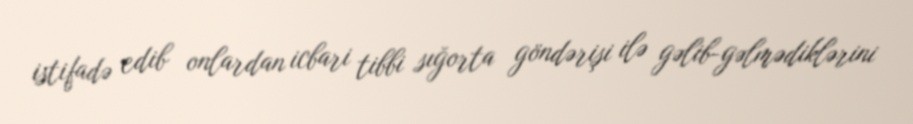
istifadə edib onlardan icbari tibbi sığorta göndərişi ilə gəlib-gəlmədiklərini